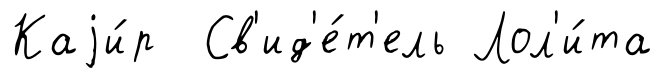
Каjи́р Св'ид'е́т'ель Лол'и́та